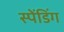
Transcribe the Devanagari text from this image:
स्पेंडिंग